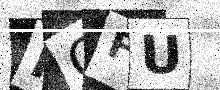
Text: HGFU